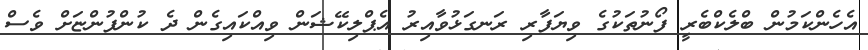
އެހެންކަމުން ބްލެކްބެރީ ފޯނުތަކުގެ ވިޔަފާރި ރަނގަޅުވާއިރު އެޕްލިކޭޝަން ވިއްކައިގެން ދެ ކުންފުންޏަށް ވެސް